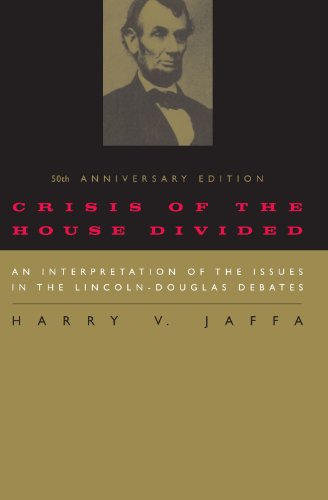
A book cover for Crisis of the House Divided: An Interpretation of the Issues in the Lincoln-Douglas Debates, 50th Anniversary Edition; Harry V. Jaffa; History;